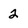
Character: 2